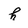
Character: h